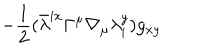
LaTeX: - \frac { 1 } { 2 } ( { \bar { \lambda } } ^ { i x } \Gamma ^ { \mu } \nabla _ { \mu } \lambda _ { i } ^ { y } ) g _ { x y }